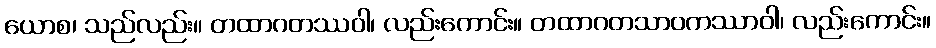
ယောစ၊ သည်လည်း။ တထာဂတဿဝါ၊ လည်းကောင်း။ တထာဂတသာဝကဿာဝါ၊ လည်းကောင်း။